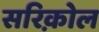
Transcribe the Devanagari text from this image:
सरिक़ोल